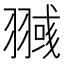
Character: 𰭥